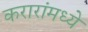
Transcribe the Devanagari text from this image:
करारांमध्ये